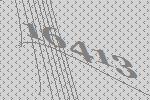
16413